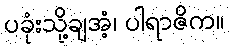
ပခုံးသို့ချအံ့၊ ပါရာဇိက။